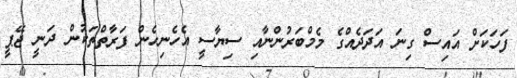
ފަހަކަށް އައިސް ގިނަ އަދަދެއްގެ މެމްބަރުންނާއި ސިޔާސީ އެހެނިހެން ފަރާތްތަކުން ދަނީ ޖޭޕީ